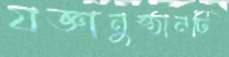
যজ্ঞানুষ্ঠানটি